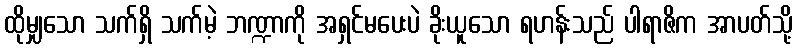
ထိုမျှသော သက်ရှိ သက်မဲ့ ဘဏ္ဍာကို အရှင်မပေးပဲ ခိုးယူသော ရဟန်းသည် ပါရာဇိက အာပတ်သို့